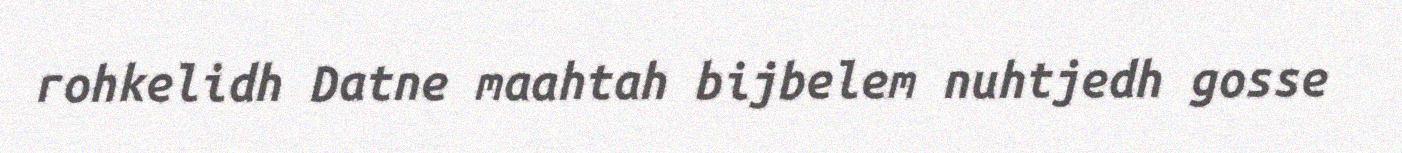
rohkelidh Datne maahtah bijbelem nuhtjedh gosse